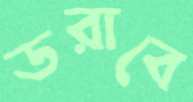
ডরাবে